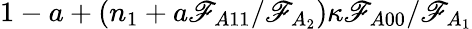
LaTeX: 1-a+(n_{1}+a\mathscr{F}_{A11}/\mathcal{{\mathscr{F}}}_{A_{2}})\kappa\mathscr{F}_{A00}/\mathcal{{\mathscr{F}}}_{A_{1}}